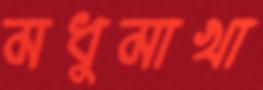
মধুমাখা